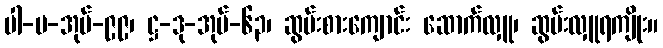
ပါ-ပ-အုပ်-၉၉၊ ဋ္ဌ-ဒု-အုပ်-၆၃၊ ဆွမ်းစားကျောင်း ဆောက်လှူ၊ ဆွမ်းလှူရကျိုး။